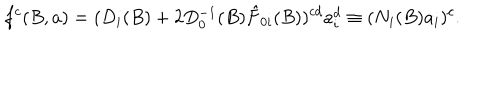
f ^ { c } ( B , a ) = ( D _ { i } ( B ) + 2 D _ { 0 } ^ { - 1 } ( B ) \hat { F } _ { 0 i } ( B ) ) ^ { c d } a _ { i } ^ { d } \equiv ( N _ { i } ( B ) a _ { i } ) ^ { c } .